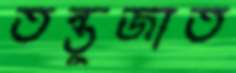
তন্তুজাত